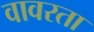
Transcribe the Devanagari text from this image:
वावरता